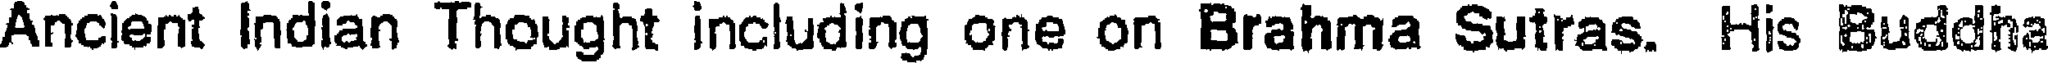
Ancient Indian Thought including one on Brahma Sutras. His Buddha